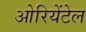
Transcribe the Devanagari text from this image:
ओरियेंटेल